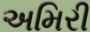
અમિરી